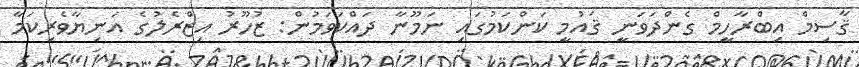
ޤާސިމް އިބްރާހީމް ގެންދަވަނީ ޤައުމީ ކަންކަމުގައި ނަމޫނާ ދައްކަވަމުން: ޒުހޫރު އިޒްރެލުގެ އަނިޔާވެރިކަމާ